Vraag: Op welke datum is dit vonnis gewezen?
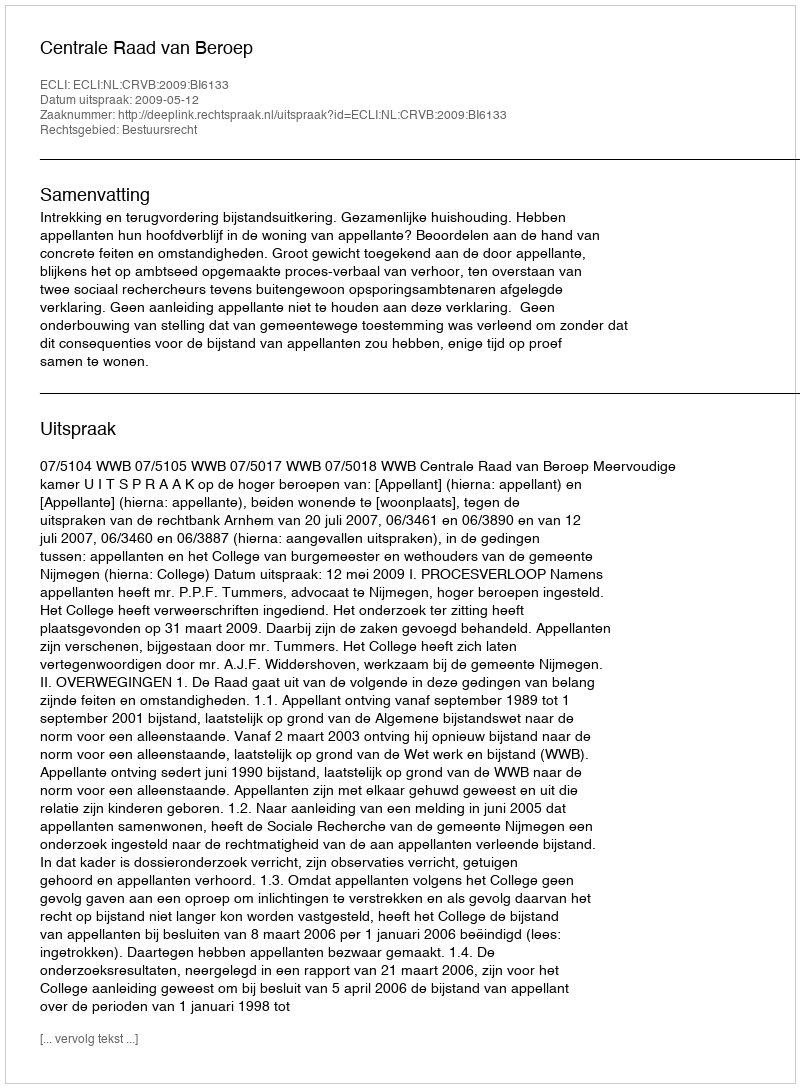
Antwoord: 2009-05-12